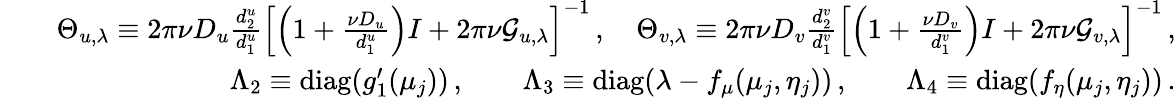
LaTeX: \begin{array}{rlr}&{}&{\Theta_{u,\lambda}\equiv 2\pi\nu D_{u}\frac{d_{2}^{u}}{d_{1}^{u}}\left[\left(1+\frac{\nu D_{u}}{d_{1}^{u}}\right)I+2\pi\nu\mathcal{G}_{u,\lambda}\right]^{-1}\, ,\quad\Theta_{v,\lambda}\equiv 2\pi\nu D_{v}\frac{d_{2}^{v}}{d_{1}^{v}}\left[\left(1+\frac{\nu D_{v}}{d_{1}^{v}}\right)I+2\pi\nu\mathcal{G}_{v,\lambda}\right]^{-1}\, ,}\\ &{}&{\Lambda_{2}\equiv\mathrm{diag}(g_{1}^{\prime}(\mu_{j}))\, ,\qquad\Lambda_{3}\equiv\mathrm{diag}(\lambda-f_{\mu}(\mu_{j},\eta_{j}))\, ,\qquad\Lambda_{4}\equiv\mathrm{diag}(f_{\eta}(\mu_{j},\eta_{j}))\, .}\end{array}